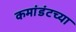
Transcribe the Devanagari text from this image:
कमांडंटच्या